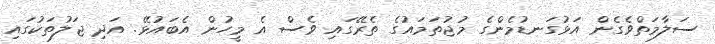
ސަލާމަތްވެގެން އަޅުގަނޑުމެންގެ މުޖުތަމައުގެ ތެރޭގައި ވެސް އެ މީހުން އެބައުޅޭ. އަދި ޖަލުތަކުގައި